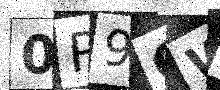
Text: 0P9OWW